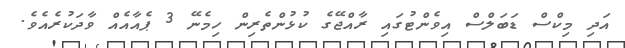
އަދި މިކްސް ޑަބަލްސް އިވެންޓުގައި ރާއްޖޭގެ ކުޅުންތެރިން ހިމެނޭ 3 ޕެއާއެއް ވާދަކުރެއެވެ.